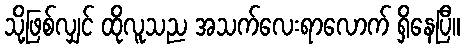
သို့ဖြစ်လျှင် ထိုလူသည အသက်လေးရာလောက် ရှိနေပြီ။